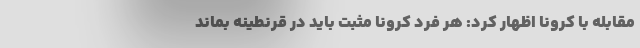
مقابله با کرونا اظهار کرد: هر فرد کرونا مثبت باید در قرنطینه بماند